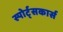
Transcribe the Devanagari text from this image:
स्पोर्ट्सकार्स